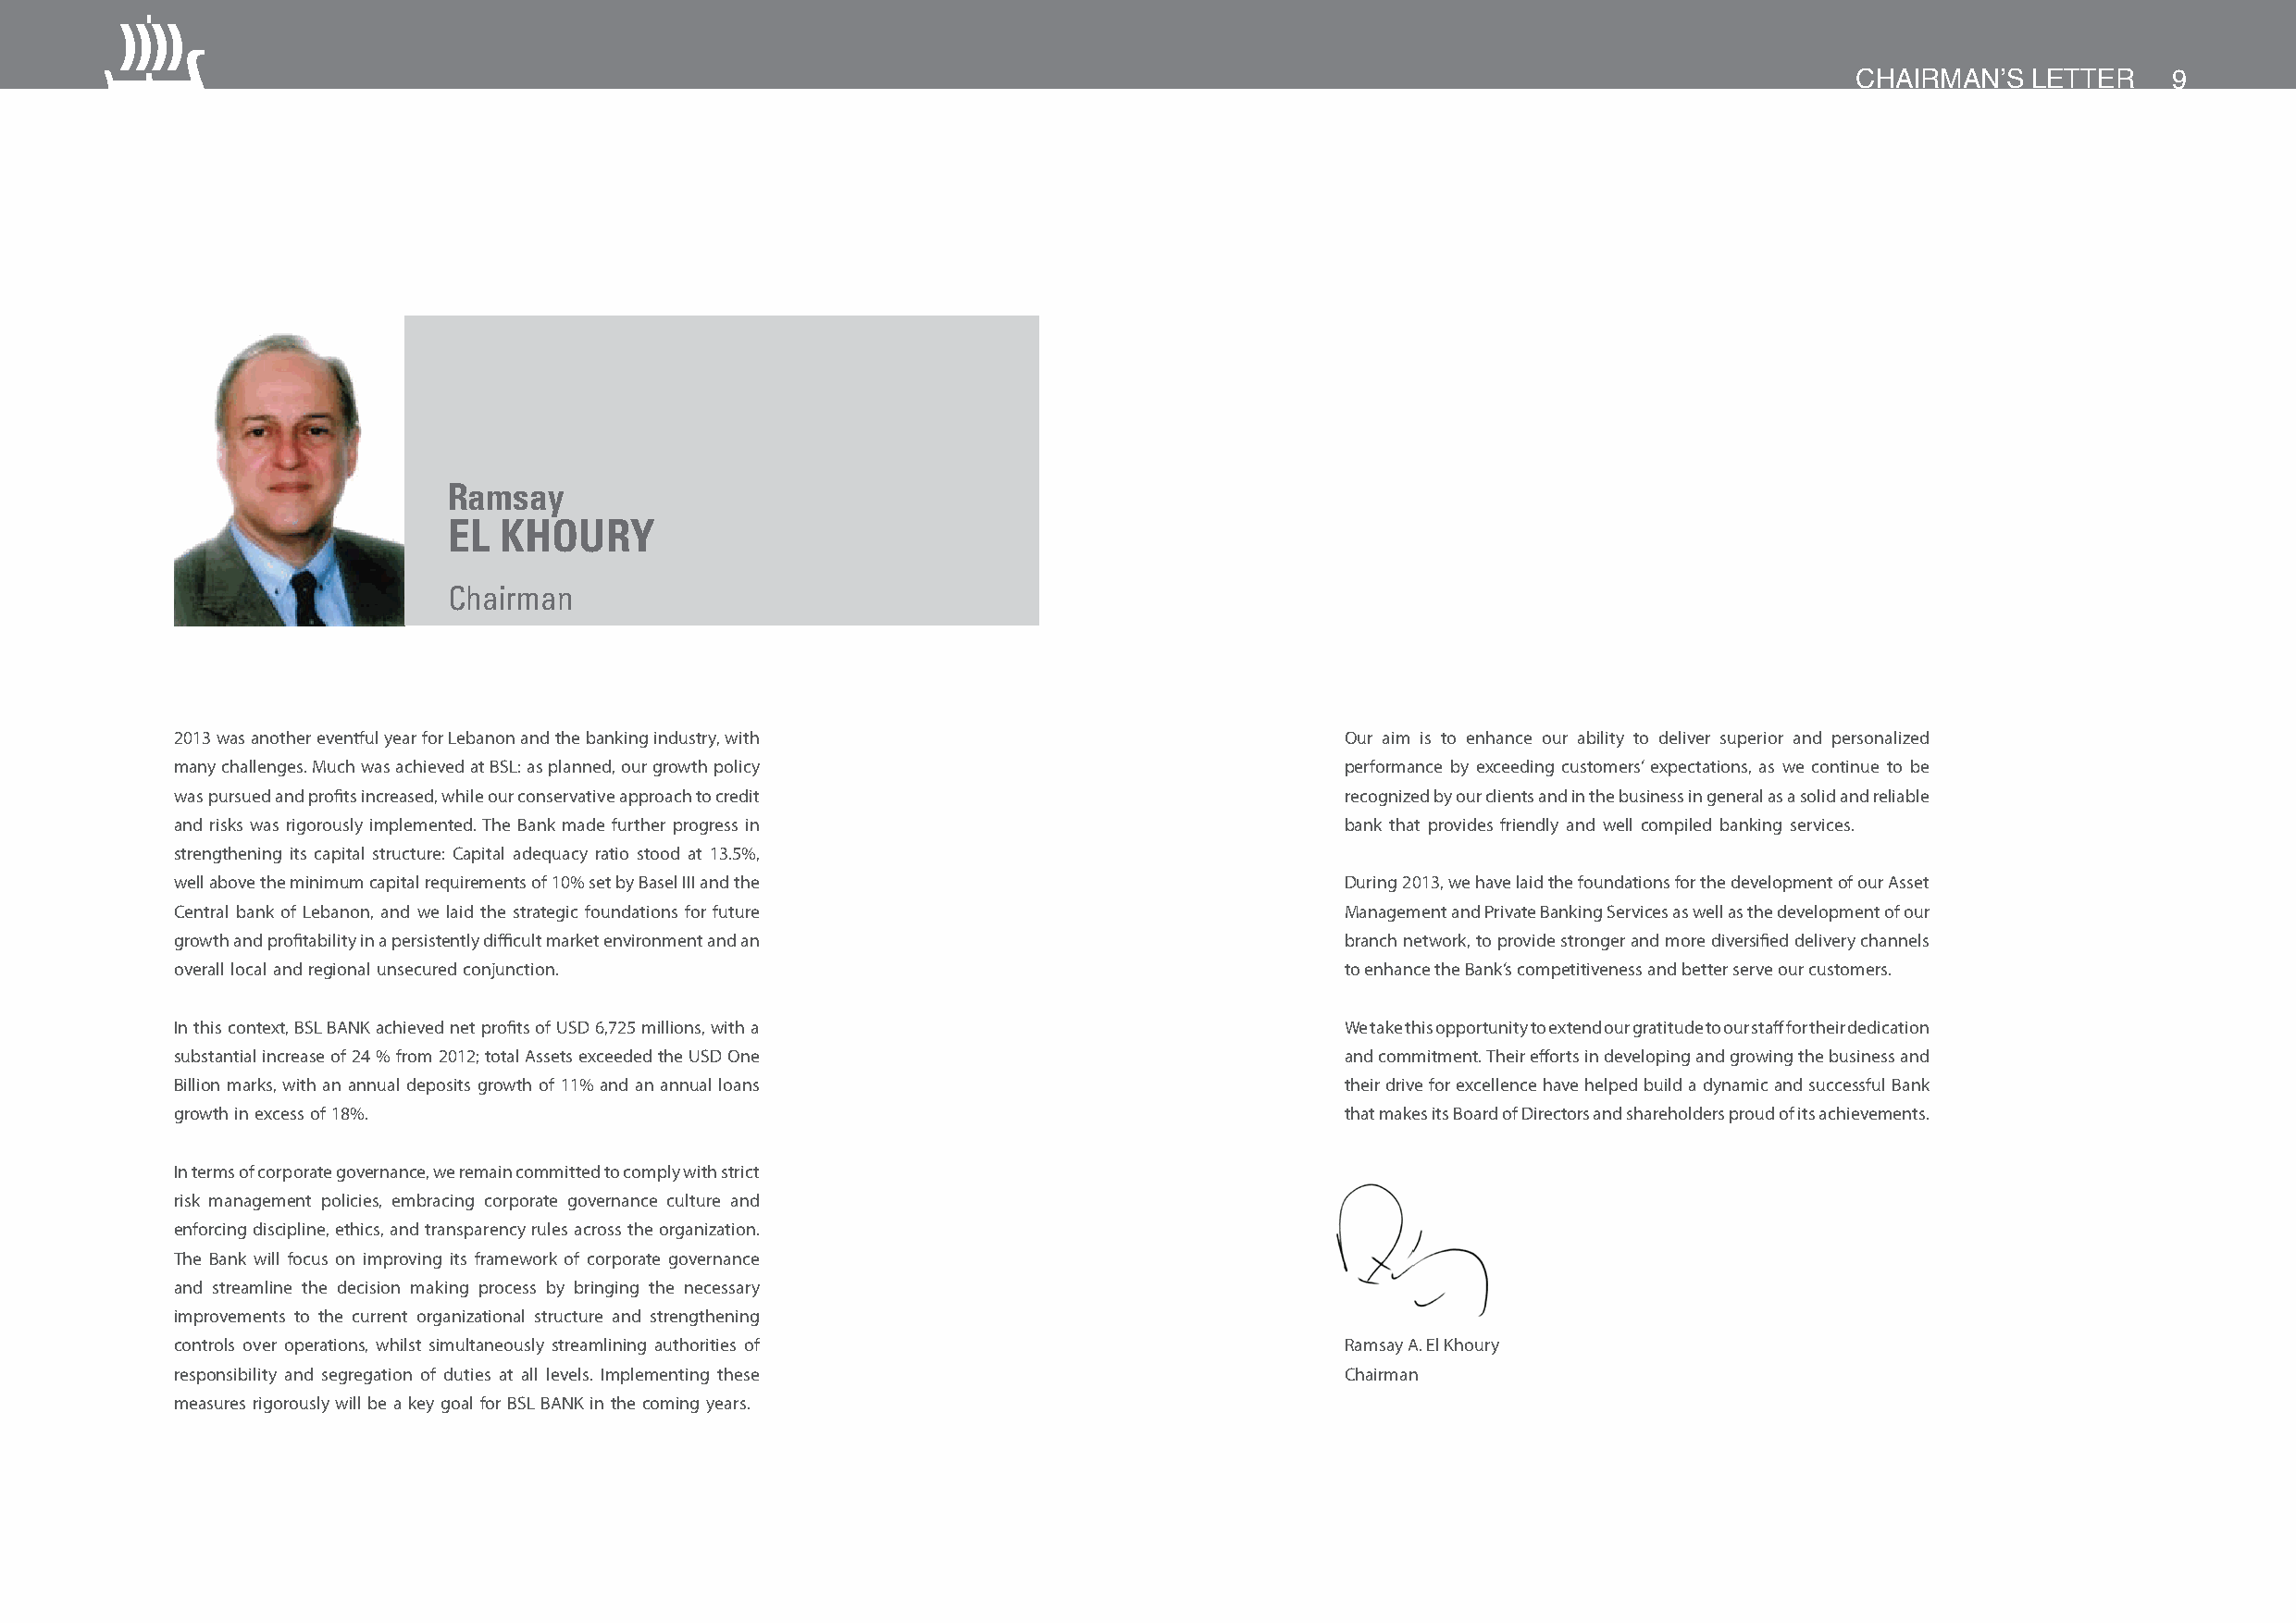
CHAIRMAN’S  LETTER    9
 Ramsay
 EL  KHOURY
 Chairman
 2013 was another eventful year for Lebanon and the banking industry, with           Our aim is to enhance our ability to deliver superior and personalized
 many challenges. Much was achieved at BSL: as planned, our growth policy            performance by exceeding customers’ expectations, as we continue to be
 was pursued and profits increased, while our conservative approach to credit        recognized by our clients and in the business in general as a solid and reliable
 and risks was rigorously implemented. The Bank made further progress in             bank that provides friendly and well compiled banking services.
 strengthening its capital structure: Capital adequacy ratio stood at 13.5%,
 well above the minimum capital requirements of 10% set by Basel III and the         During 2013, we have laid the foundations for the development of our Asset
 Central bank of Lebanon, and we laid the strategic foundations for future           Management and Private Banking Services as well as the development of our
 growth and profitability in a persistently difficult market environment and an      branch network, to provide stronger and more diversified delivery channels
 overall local and regional unsecured conjunction.                                   to enhance the Bank’s competitiveness and better serve our customers.
 In this context, BSL BANK achieved net profits of USD 6,725 millions, with a        We take this opportunity to extend our gratitude to our staff for their dedication
 substantial increase of 24 % from 2012; total Assets exceeded the USD One           and commitment. Their efforts in developing and growing the business and
 Billion marks, with an annual deposits growth of 11% and an annual loans            their drive for excellence have helped build a dynamic and successful Bank
 growth in excess of 18%.                                                            that makes its Board of Directors and shareholders proud of its achievements.
 In terms of corporate governance, we remain committed to comply with strict
 risk management policies, embracing corporate governance culture and
 enforcing discipline, ethics, and transparency rules across the organization.
 The Bank will focus on improving its framework of corporate governance
 and streamline the decision making process by bringing the necessary
 improvements to the current organizational structure and strengthening
 controls over operations, whilst simultaneously streamlining authorities of         Ramsay A. El Khoury
 responsibility and segregation of duties at all levels. Implementing these          Chairman
 measures rigorously will be a key goal for BSL BANK in the coming years.